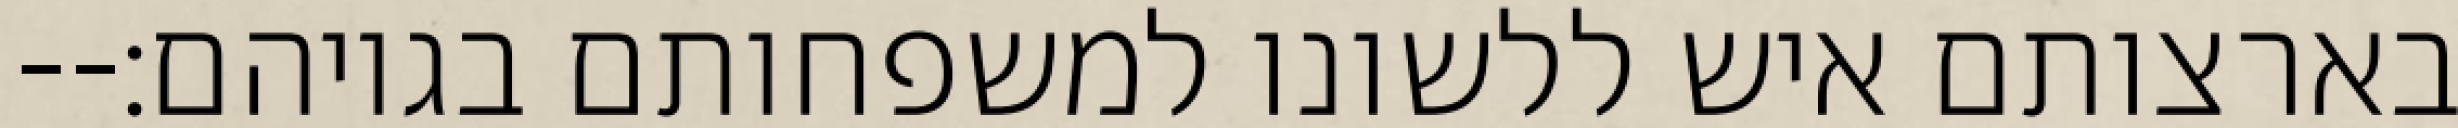
בארצותם איש ללשונו למשפחותם בגויהם׃--